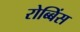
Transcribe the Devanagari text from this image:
रोब्बिंस